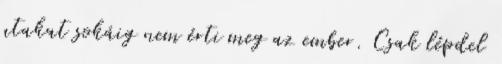
utakat sokáig nem érti meg az ember. Csak lépdel